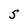
Character: S